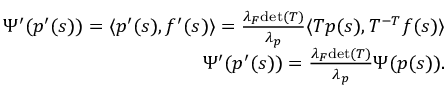
\begin{array} { r } { \Psi ^ { \prime } ( p ^ { \prime } ( s ) ) = \langle p ^ { \prime } ( s ) , f ^ { \prime } ( s ) \rangle = \frac { \lambda _ { F } \mathrm { d e t } ( T ) } { \lambda _ { p } } \langle T p ( s ) , T ^ { - T } f ( s ) \rangle } \\ { \Psi ^ { \prime } ( p ^ { \prime } ( s ) ) = \frac { \lambda _ { F } \mathrm { d e t } ( T ) } { \lambda _ { p } } \Psi ( p ( s ) ) . } \end{array}